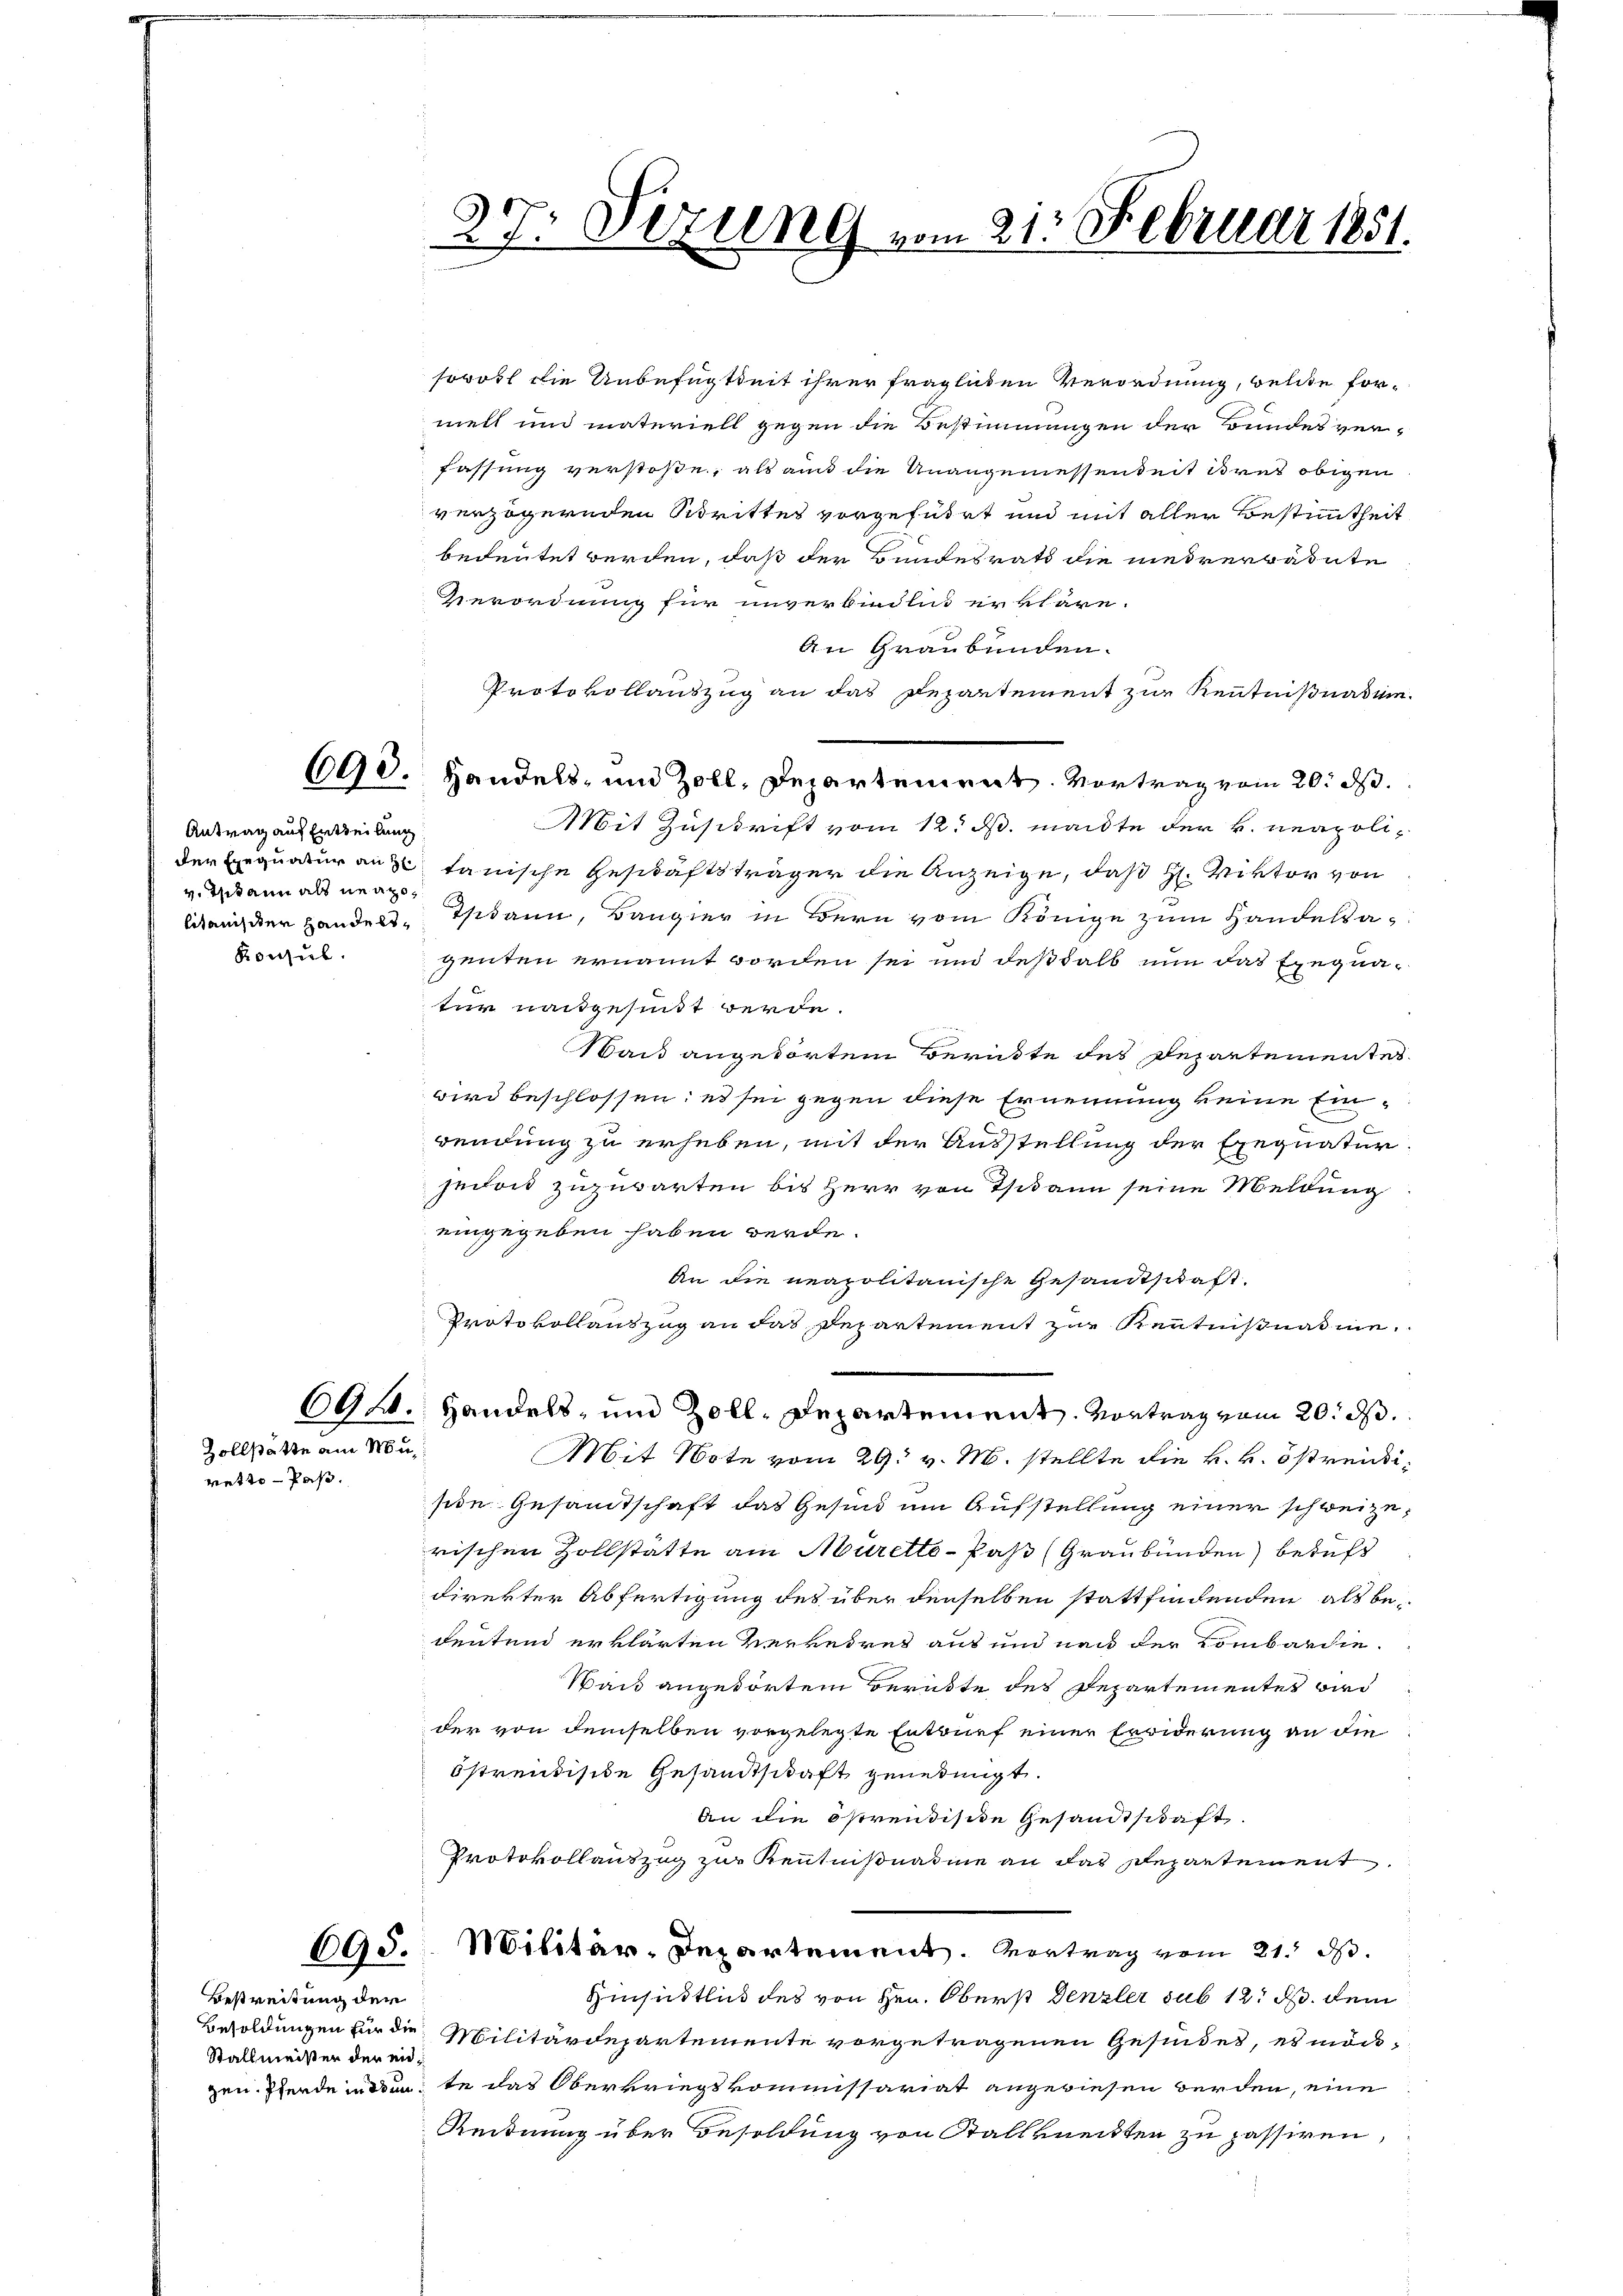
Antrag auf Entteilung
v. Teekann als neapo¬
Konsul

Zollstätte am Mu¬

retto-Paß.

695.

Bestreitung der
Stallmeister der ei¬

27. Dezung vom 21. Februar 1851.

sowohl die Unbefugtheit ihrer fraglichen Verordnung, welche formell und materiell gegen die Bestimmungen der Bundesver-
fassung verstoße, als au die Unangemessenheit ihres obigen
verzögernden Strittes vorgeführt und mit aller Bestimmtheit
bedeutet werden, daß der Bundesrath die niederbadete
Verordnung für unverbindlich erkläre.
An Graubünden.
Protokollauszug an das Departement zur Kenntnißnatum.
Mit Zuschrift vom 12. d. mante der k. neapolider Exequaturanz tanische Geschäftsträger die Anzeige, daß H. Viktor von
Akanister Handelt, dann, Bangier in Bern vom Könige zum Handelsagenten ernannt worden sei und deßhalb nun das Exequa-
tur nachgesundt werde.
Wack angehörten Berükte des Departementes
wird beschlossen: es sei gegen diese Ernennung keine Einwendung zu erheben, mit der Ausstellung der Exequatur
jedoch zuzuwarten bis Herr von Thann seine Meldung
eingegeben haben werde.
An die neapolitanische Gesandtschaft.
Protokollauszug an das Departement zur Kenntnißnahme
694. Handels- und Zoll-Departement. Vortrag vom 20. d.
Mit Note vom 29. v. M. stellte die k. k. östreidiside Gesamtschaft das Gesind um Aufstellung einer schweizerischen Zollstätte am Müretto-Pas (Graubünden) beruft
direkter Abfertigung des über denselben stattfindenden als bedeutend erklärten verreiret aus und nach der Lombardie¬
Wait angetörten Berükte des Departementes wird
der von demselben vorgelegte Entwurf einer Erwiderung an die
bstrendische Gesandtschaft genehmigt.
An die östrendische Gesandtschaft.
Protokollauszug zur Kenntnißnahme an das Departement
Militär-Departement. Vortrag vom 21. ds.
Hinsichtlich des von Hrn. Oberst Denzler sub 12. d. dem
Besoldungen für die Militärdepartemente vorgetragenen Gesindes, es möchgen. Werde indente das Oberkriegskommissariat angewiesen werden, eine
Reidnung über Besoldung von Stallmeisten zu passiren,

690. Handels- und Zoll, Departement. Vortrag vom 20. ds.